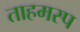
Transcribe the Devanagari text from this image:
ताहमस्प